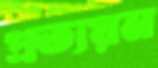
প্রত্যয়ন